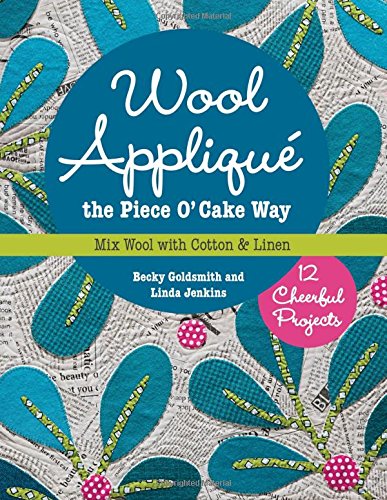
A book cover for Wool AppliquÃ© the Piece O' Cake Way: 12 Cheerful Projects  Mix Wool with Cotton & Linen; Becky Goldsmith; Crafts, Hobbies & Home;